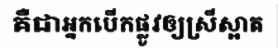
គឺជាអ្នកបើកផ្លូវឲ្យស្រីស្អាត